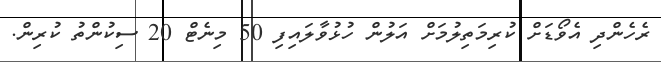
ރެހެންދި އެވޯޑަށް ކުރިމަތިލުމަށް އަލުން ހުޅުވާލައިފި 50 މިނެޓް 20 ސިކުންތު ކުރިން.